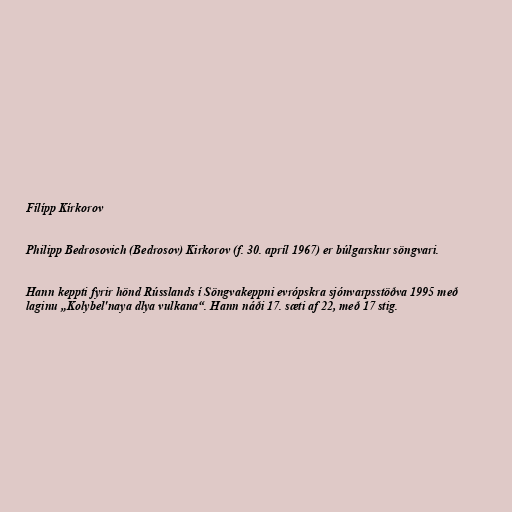
Fílípp Kírkorov

Philipp Bedrosovich (Bedrosov) Kirkorov (f. 30. apríl 1967) er búlgarskur söngvari.

Hann keppti fyrir hönd Rússlands í Söngvakeppni evrópskra sjónvarpsstöðva 1995 með
laginu „Kolybel'naya dlya vulkana“. Hann náði 17. sæti af 22, með 17 stig.